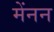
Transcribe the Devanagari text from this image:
मेंनन